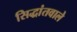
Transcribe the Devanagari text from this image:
सिद्धांतवाले